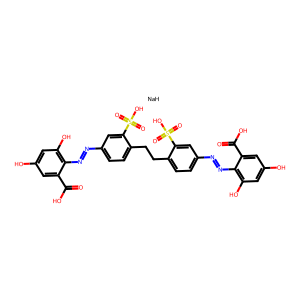
SMILES: O=C(O)c1cc(O)cc(O)c1N=Nc1ccc(CCc2ccc(N=Nc3c(O)cc(O)cc3C(=O)O)cc2S(=O)(=O)O)c(S(=O)(=O)O)c1.[NaH]
Inhibits HIV replication: Yes